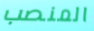
المنصب